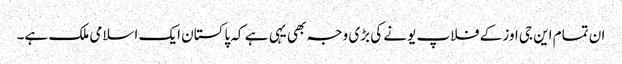
ان تمام این جی اوز کے فلاپ یونے کی بڑی وجہ بھی یہی ہے کہ پاکستان ایک اسلامی ملک ہے۔